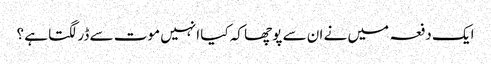
ایک دفعہ میں نے ان سے پوچھا کہ کیا انہیں موت سے ڈر لگتا ہے ؟